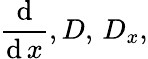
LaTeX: {\frac{\operatorname{d}}{\operatorname{d}x}},D,\, D_{x},